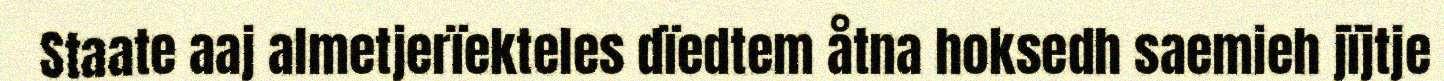
Staate aaj almetjerïekteles dïedtem åtna hoksedh saemieh jïjtje